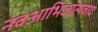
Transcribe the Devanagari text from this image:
नवआभिजात्यवाद